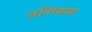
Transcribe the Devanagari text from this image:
तनिष्कचा